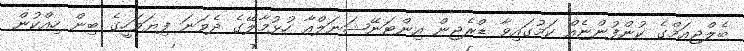
ބެލްޖިއަމްގެ ކުންފުންޏެއް ކަމުގައިވާ ޑްރެޖިން އިންޓަނޭޝަނަލްއާ ހުޅުމާލޭގެ ދެވަނަ ފިޔަވަހީގެ ބިން ހިއްކުން